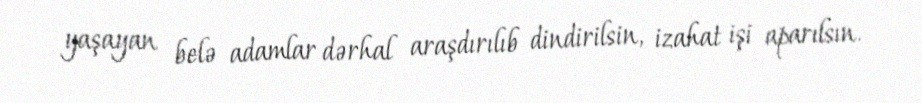
yaşayan belə adamlar dərhal araşdırılıb dindirilsin, izahat işi aparılsın.